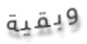
وبقية